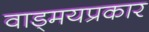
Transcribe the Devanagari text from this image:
वाड्मयप्रकार